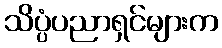
သိပ္ပံပညာရှင်များက